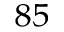
^ { 8 5 }